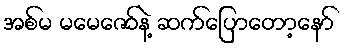
အစ်မ မမေဇော်နဲ့ ဆက်ပြောတော့နော်